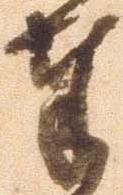
奉